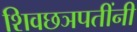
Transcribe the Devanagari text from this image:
शिवछञपतींनी